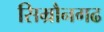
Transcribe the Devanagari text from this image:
सिम्रौनगढ